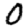
Digit: 0